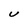
Character: U